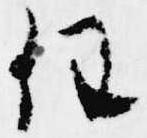
任